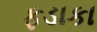
ફડાકા